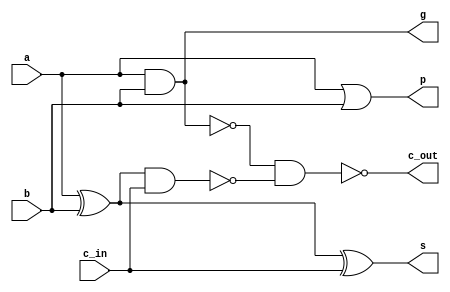
`default_nettype none
/*
    CS/ECE 552 Spring '20
    Homework #1, Problem 2
    
    a 1-bit full adder
*/
module fullAdder_1b(s, c_out, p, g, a, b, c_in);
    output wire s;
    output wire c_out, p, g;
    input  wire a, b;
    input  wire c_in;

    // signal declaration
    // wire xorAB;
    // wire nandAB, nandCin;
    // wire norAB;

    // compute sum
    assign s = (a ^ b ^ c_in);
    // xor2 x1(xorAB, a, b);
    // xor2 x2(s, xorAB, c_in);

    // compute Cout
    assign c_out = ~( (~(a&b)) & (~((a^b)&c_in)) );
    // nand2 nd1(nandAB,  a,      b);
    // nand2 nd2(nandCin, xorAB,  c_in);
    // nand2 nd3(c_out,   nandAB, nandCin);

    // compute propagate
    assign p = a | b;
    // nor nr1(norAB, a, b);
    // not nt1(p, norAB);

    // compute generate
    assign g = a & b;
    // not nt2(g, nandAB);

endmodule
`default_nettype wire